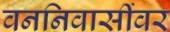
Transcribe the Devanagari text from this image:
वननिवासींवर